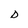
Character: D